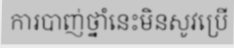
ការបាញ់ថ្នាំនេះមិនសូវប្រើ